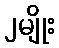
၂မျိုး